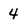
Character: 4